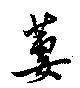
萋